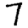
Digit: 7